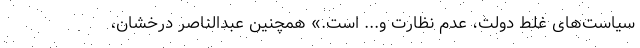
سیاست‌های غلط دولت، عدم نظارت و... است.» همچنین عبدالناصر درخشان،